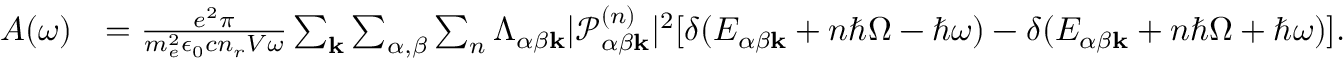
\begin{array} { r l } { A ( \omega ) } & { = \frac { e ^ { 2 } \pi } { m _ { e } ^ { 2 } \epsilon _ { 0 } c n _ { r } V \omega } \sum _ { \mathbf { k } } \sum _ { \alpha , \beta } \sum _ { n } \Lambda _ { \alpha \beta \mathbf { k } } | \mathcal { P } _ { \alpha \beta \mathbf { k } } ^ { ( n ) } | ^ { 2 } [ \delta ( E _ { \alpha \beta \mathbf { k } } + n \hbar \Omega - \hbar \omega ) - \delta ( E _ { \alpha \beta \mathbf { k } } + n \hbar \Omega + \hbar \omega ) ] . } \end{array}